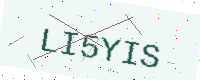
Text: LI5YIS